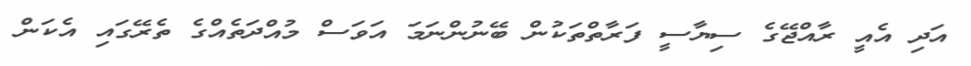
އަދި އެއީ ރާއްޖޭގެ ސިޔާސީ ފަރާތްތަކުން ބޭނުންނަމަ އަވަސް މުއްދަތެއްގެ ތެރޭގައި އެކަން